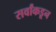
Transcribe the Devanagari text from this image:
सर्वांकडून